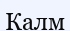
Калм